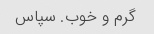
گرم و خوب. سپاس